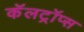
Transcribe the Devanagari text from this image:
कॅलट्रॉप्स